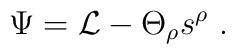
\Psi={\cal L}-\Theta_\rho s^\rho\ .